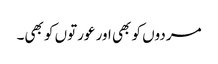
مردوں کو بھی اور عورتوں کو بھی۔